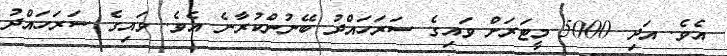
އެވެ. އަދި 5000 މީޓަރަށް ވައިގެ ސަރަހައްދު ބޭނުންކުރާނެ އެވެ. ވައިގެ ސަރަހައްދު